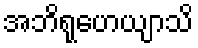
အဘိရုဟေယျာသိ